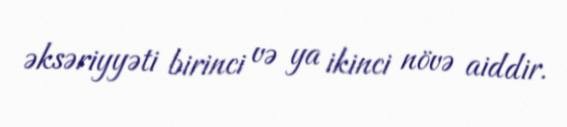
əksəriyyəti birinci və ya ikinci növə aiddir.